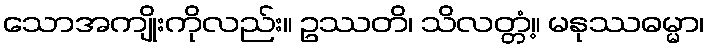
သောအကျိုးကိုလည်း။ ဥဿတိ၊ သိလတ္တံ့။ မနုဿဓမ္မာ၊